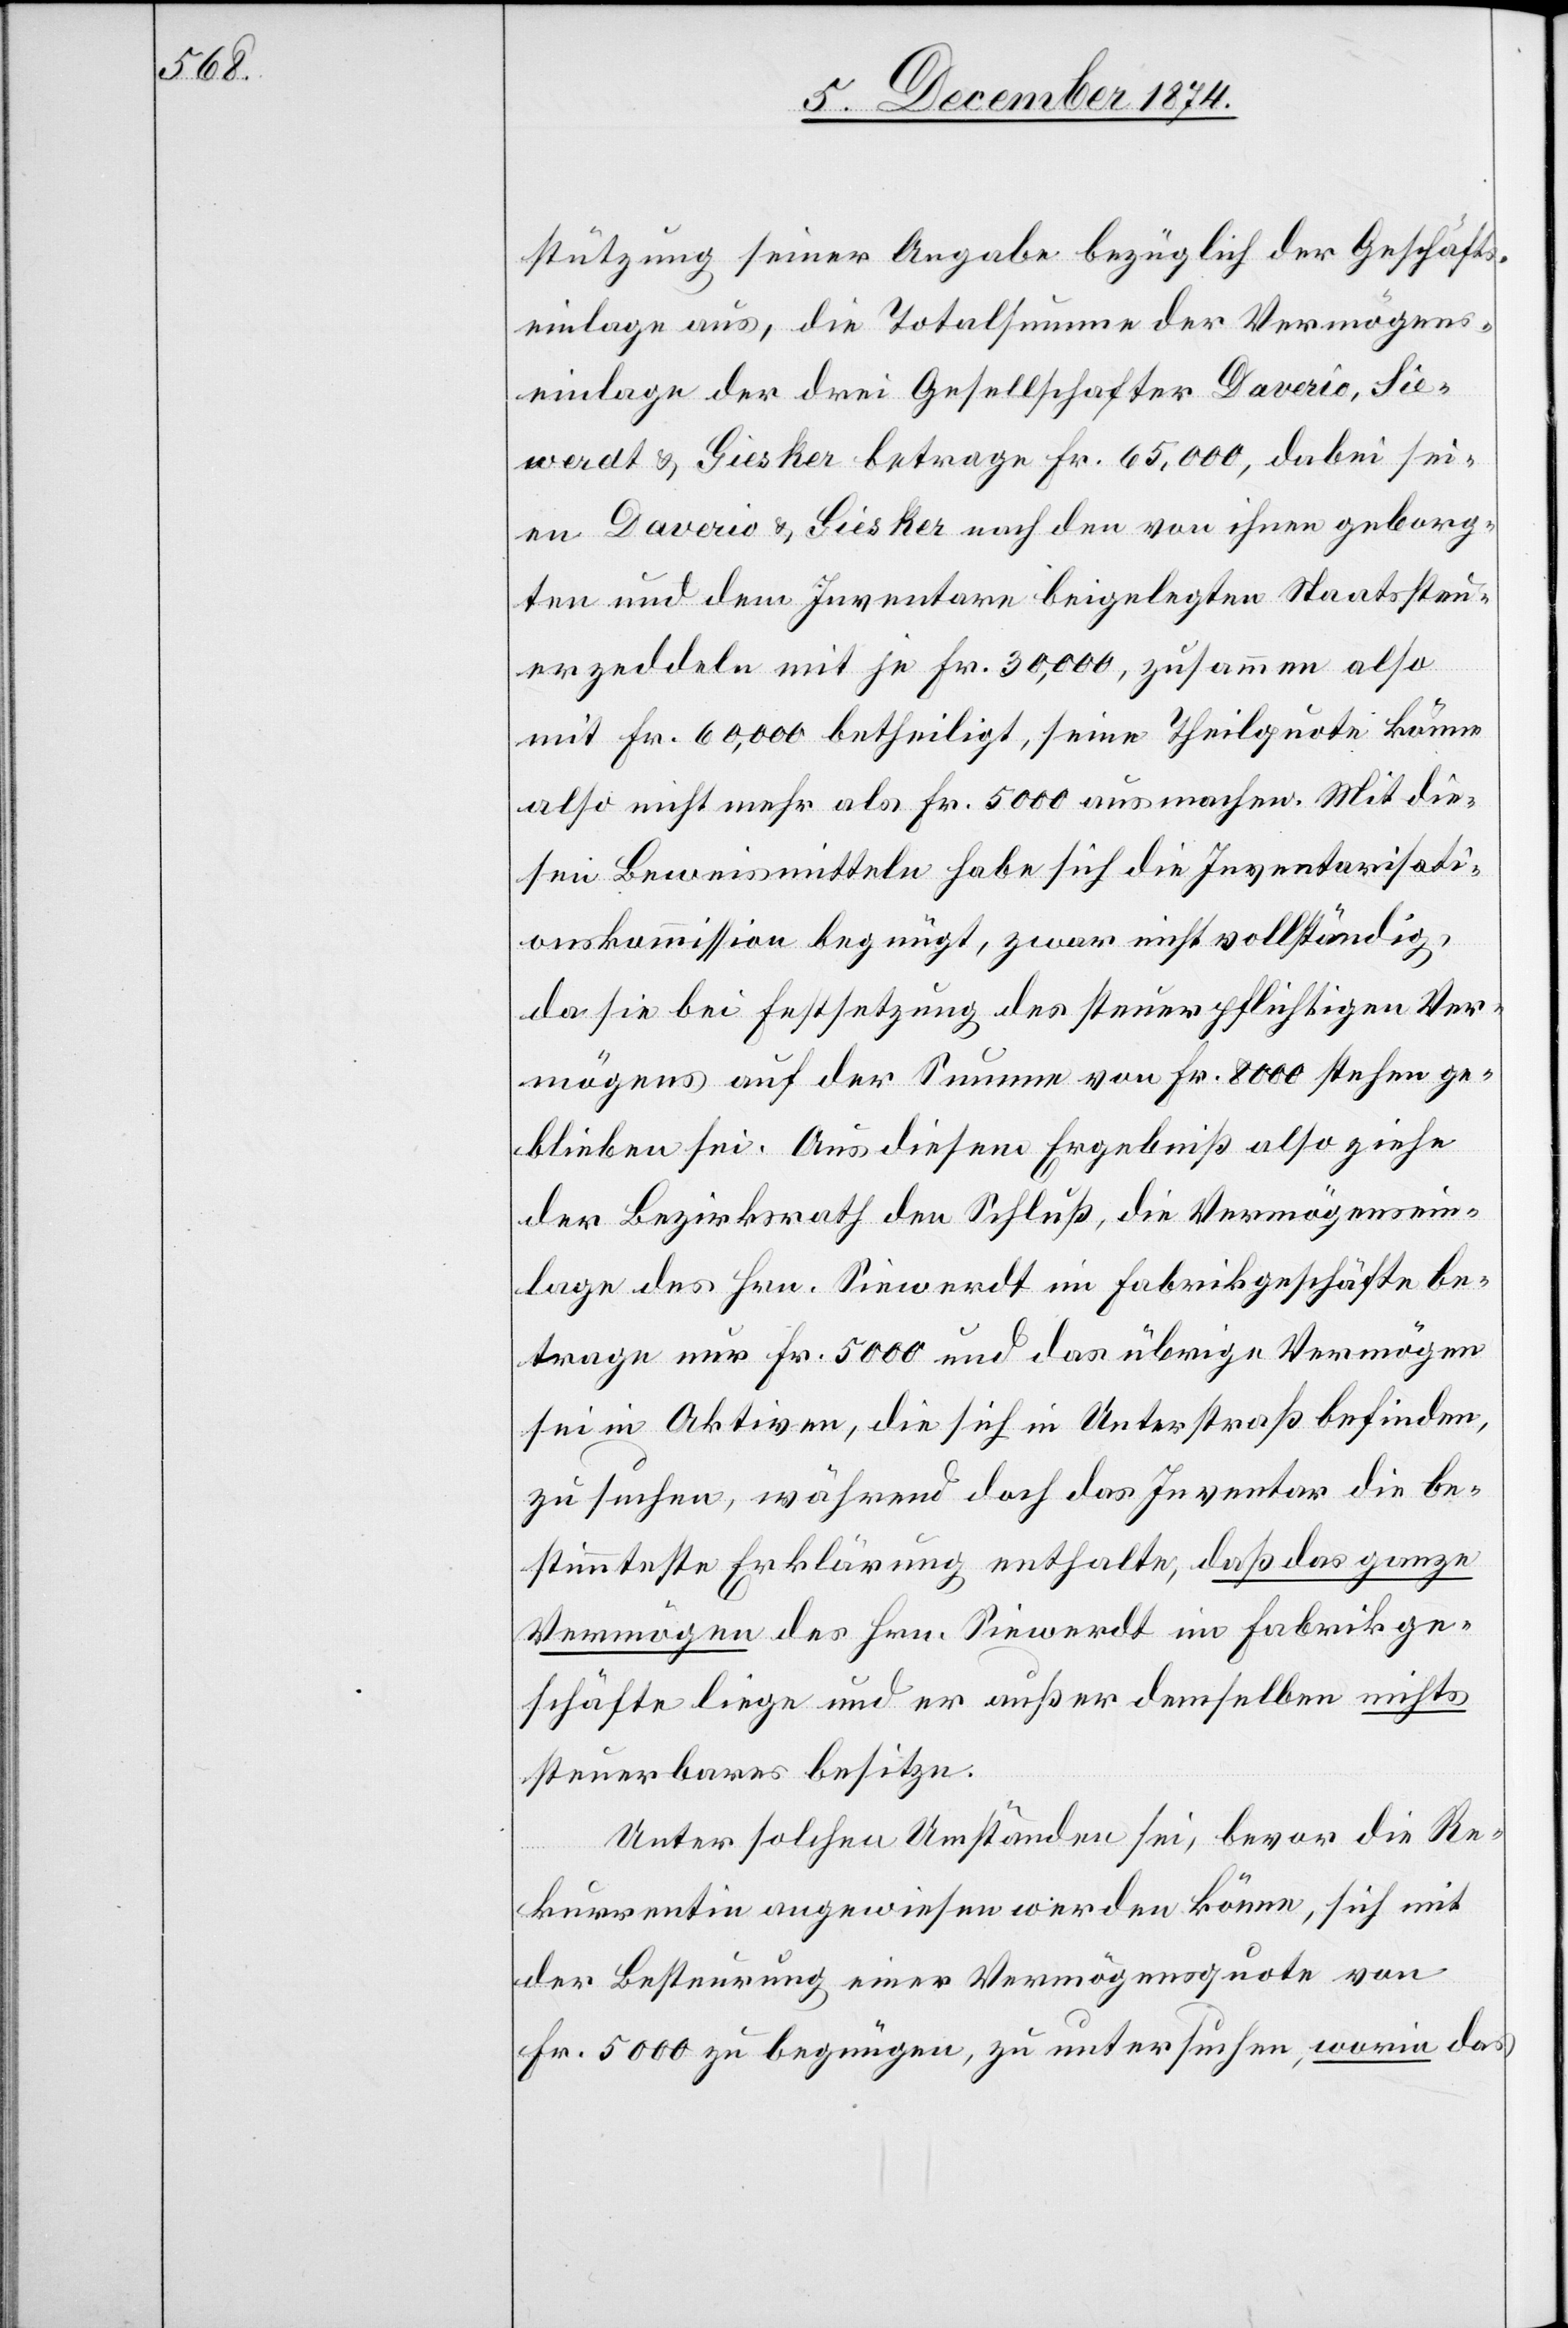
stützung seiner Angabe bezüglich der Geschäfts¬
einlage aus, die Totalsteuern der Vermögens¬
einlage der drei Gesellschafter Daverio, Sie¬
werdt & Giesker betrage Fr. 65,000, dabei sei¬
en Daverio & Giesker nach den von ihnen geborg¬
ten und dem Inventare beigelegten Staatssteu¬
erzeddeln mit je Fr. 30,000, zusammen also
mit Fr. 60,000 betheiligt, seine Theilquote könne
also nicht mehr als Fr. 5000 ausmachen. Mit die¬
sen Beweismitteln habe sich die Inventarisati¬
onskommission begnügt, zwar nicht vollständig,
da sie bei Festsetzung des steuerpflichtigen Ver¬
mögens auf der Summe von Fr. 8000 stehen ge¬
blieben sei. Aus diesem Ergebniß also ziehe
der Bezirksrath den Schluß, die Vermögensein¬
lage des Hrn. Siewerdt im Fabrikgeschäfte be¬
trage nur Fr. 5000 und das übrige Vermögen
sei in Aktiven, die sich in Unterstraß befinden,
zu suchen, während doch das Inventar die be¬
stimmteste Erklärung enthalte, daß das ganze
Vermögen des Hrn. Siewerdt im Fabrikge¬
schäfte liege und er außer demselben nichts
steuerbares besitze.
Unter solchen Umständen sei, bevor die Re¬
kurrentin angewiesen werden könne, sich mit
der Besteuerung einer Vermögensquote von
Fr. 5000 zu begnügen, zu untersuchen, worin das